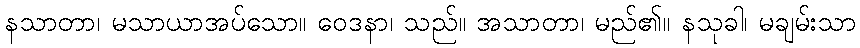
နသာတာ၊ မသာယာအပ်သော။ ဝေဒနာ၊ သည်။ အသာတာ၊ မည်၏။ နသုခါ၊ မချမ်းသာ